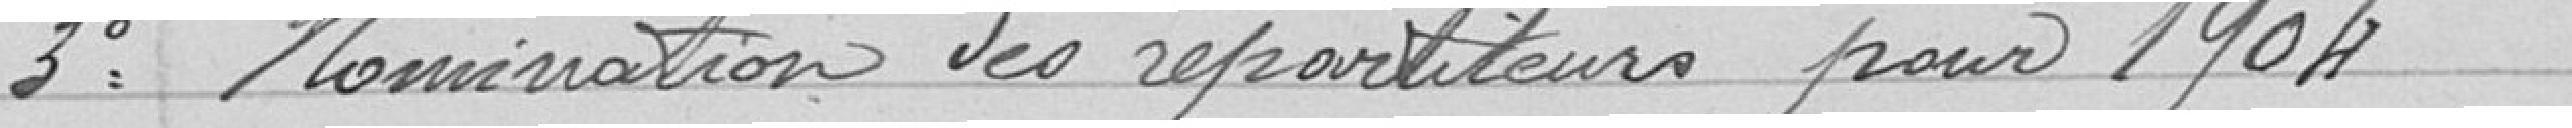
3° Nominations des répartiteurs pour 1904